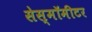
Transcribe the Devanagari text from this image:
सेस्मॉमीटर